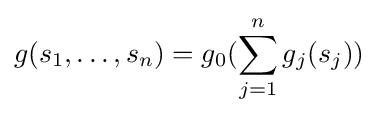
g(s_{1},\ldots ,s_{n})=g_{0}(\sum _{j=1}^{n}g_{j}(s_{j}))